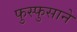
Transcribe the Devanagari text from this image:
फुस्फुसाने